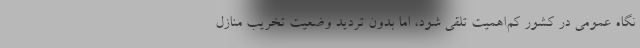
نگاه عمومی در کشور کم‌اهمیت تلقی شود، اما بدون تردید وضعیت تخریب منازل